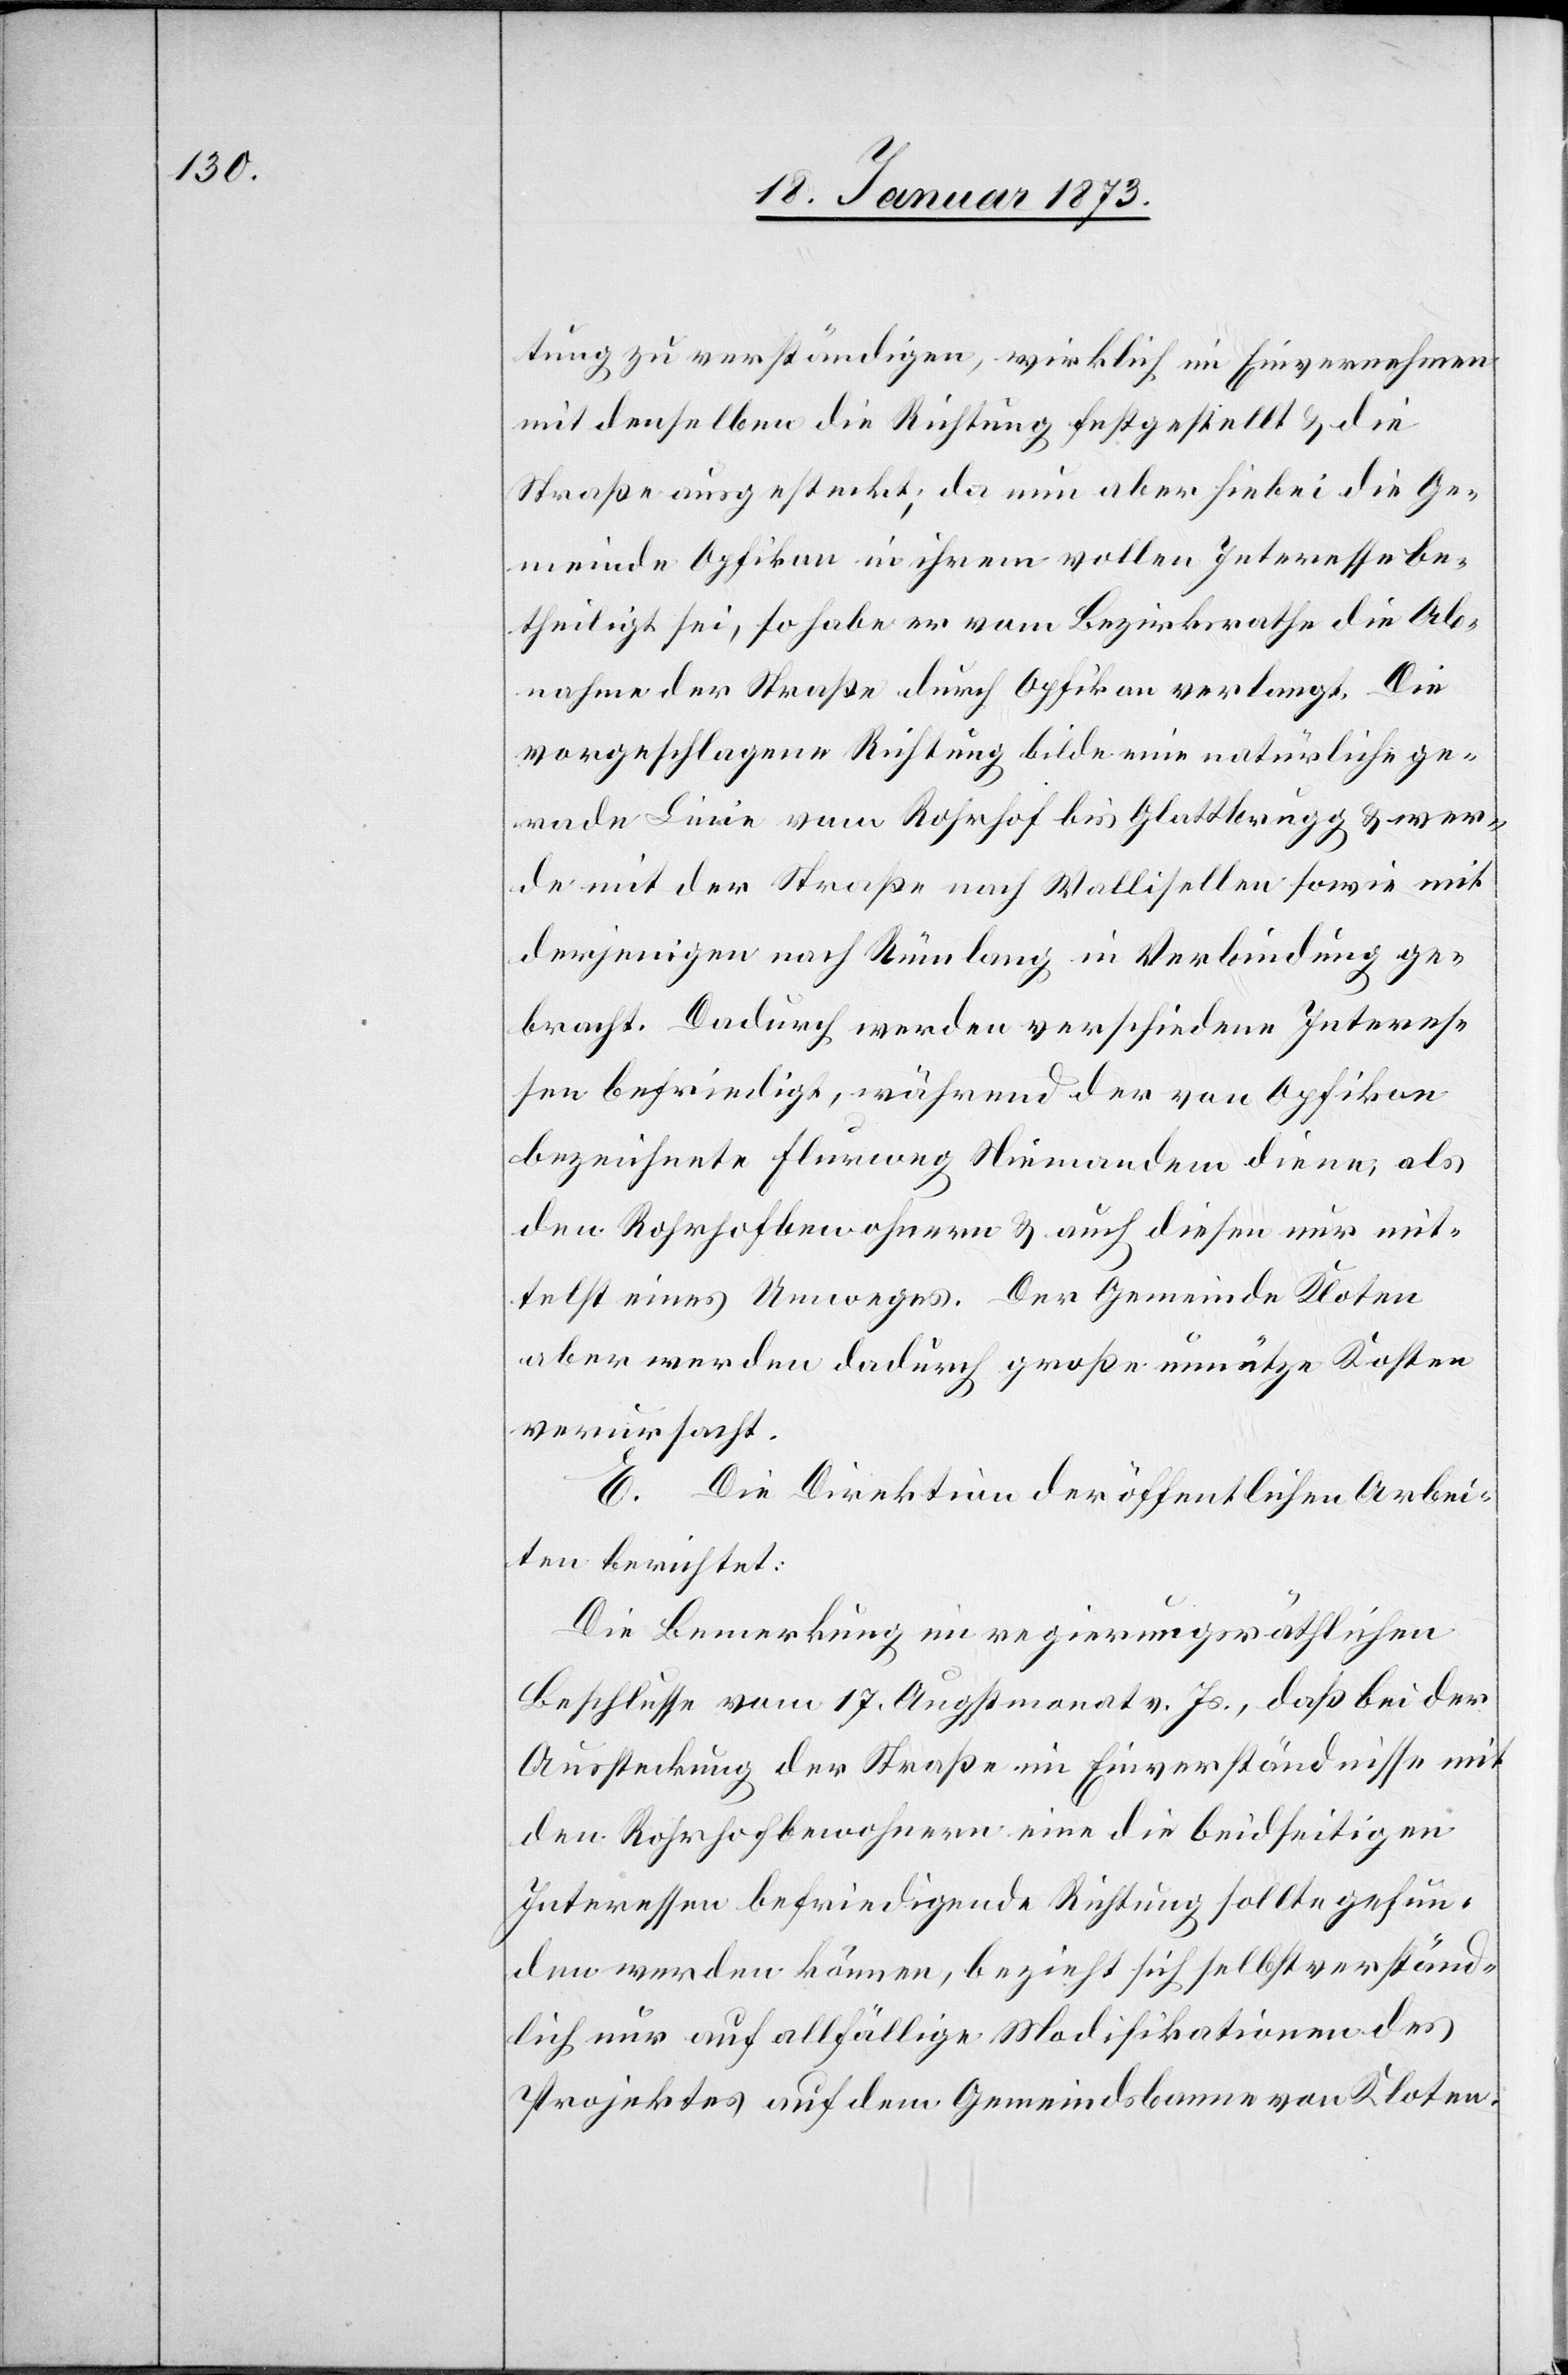
tung zu verständigen, wirklich im Einvernehmen
mit denselben die Richtung festgestellt u. die
Straße ausgesteckt; da nun aber hiebei die Ge¬
meinde Opfikon in ihrem vollen Interesse be¬
theiligt sei, so habe er vom Bezirksrathe die Ab¬
nahme der Straße durch Opfikon verlangt. Die
vorgeschlagene Richtung bilde eine natürliche ge¬
rade Linie vom Rohrhof bis Glattbrugg u. wer¬
de mit der Straße nach Wallisellen sowie mit
derjenigen nach Rümlang in Verbindung ge¬
bracht. Dadurch werden verschiedene Interes¬
sen befriedigt, während der von Opfikon
bezeichnete Flurweg Niemandem diene, als
den Rohrhofbewohnern u. auch diesen nur mit¬
telst eines Umweges. Der Gemeinde Kloten
aber werde dadurch große unnütze Kosten
verursacht.
E. Die Direktion der öffentlichen Arbei¬
ten berichtet:
Die Bemerkung im regierungsräthlichen
Beschlusse vom 17. Augstmonat v. Js., daß bei der
Aussteckung der Straße im Einverständnisse mit
den Rohrhofbewohnern eine die beidseitigen
Interessen befriedigende Richtung sollte gefun¬
den werden können, bezieht sich selbstverständ¬
lich nur auf allfällige Modifikationen des
Projektes auf dem Gemeindsbanne von Kloten.